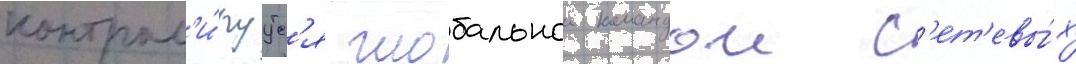
контрол'и́руутс'я глобальнои командои с'ет'евы́х